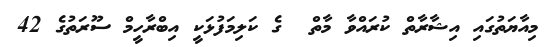
މިއާޔަތުގައި އިޝާރާތް ކުރައްވާ މާތް  ގެ ކަލިމަފުޅަކީ އިބްރާހީމް ސޫރަތުގެ 42